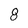
Character: 8